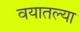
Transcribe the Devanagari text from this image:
वयातल्या